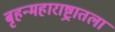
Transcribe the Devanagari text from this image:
बृहन्महाराष्ट्रातला